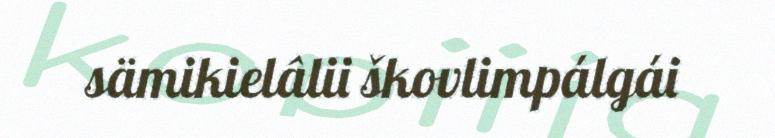
sämikielâlii škovlimpálgái